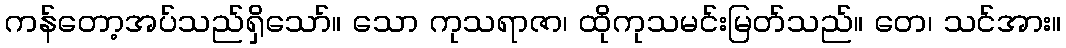
ကန်တော့အပ်သည်ရှိသော်။ သော ကုသရာဇာ၊ ထိုကုသမင်းမြတ်သည်။ တေ၊ သင်အား။